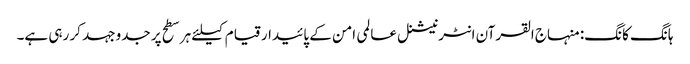
ہانگ کانگ: منہاج القرآن انٹرنیشنل عالمی امن کے پائیدار قیام کیلئے ہر سطح پر جدوجہد کر رہی ہے۔